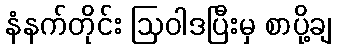
နံနက်တိုင်း ဩဝါဒပြီးမှ စာပို့ချ